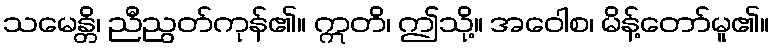
သမေန္တိ၊ ညီညွတ်ကုန်၏။ ဣတိ၊ ဤသို့။ အဝေါစ၊ မိန့်တော်မူ၏။